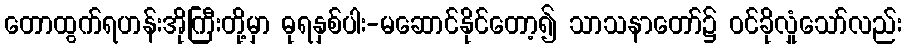
တောထွက်ရဟန်းအိုကြီးတို့မှာ ဓုရနှစ်ပါး-မဆောင်နိုင်တော့၍ သာသနာတော်၌ ဝင်ခိုလှုံသော်လည်း